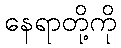
နေရာတို့ကို